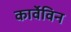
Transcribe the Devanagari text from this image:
कार्वेविन